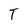
Character: T